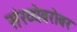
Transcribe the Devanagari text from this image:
संख्येबरोबर